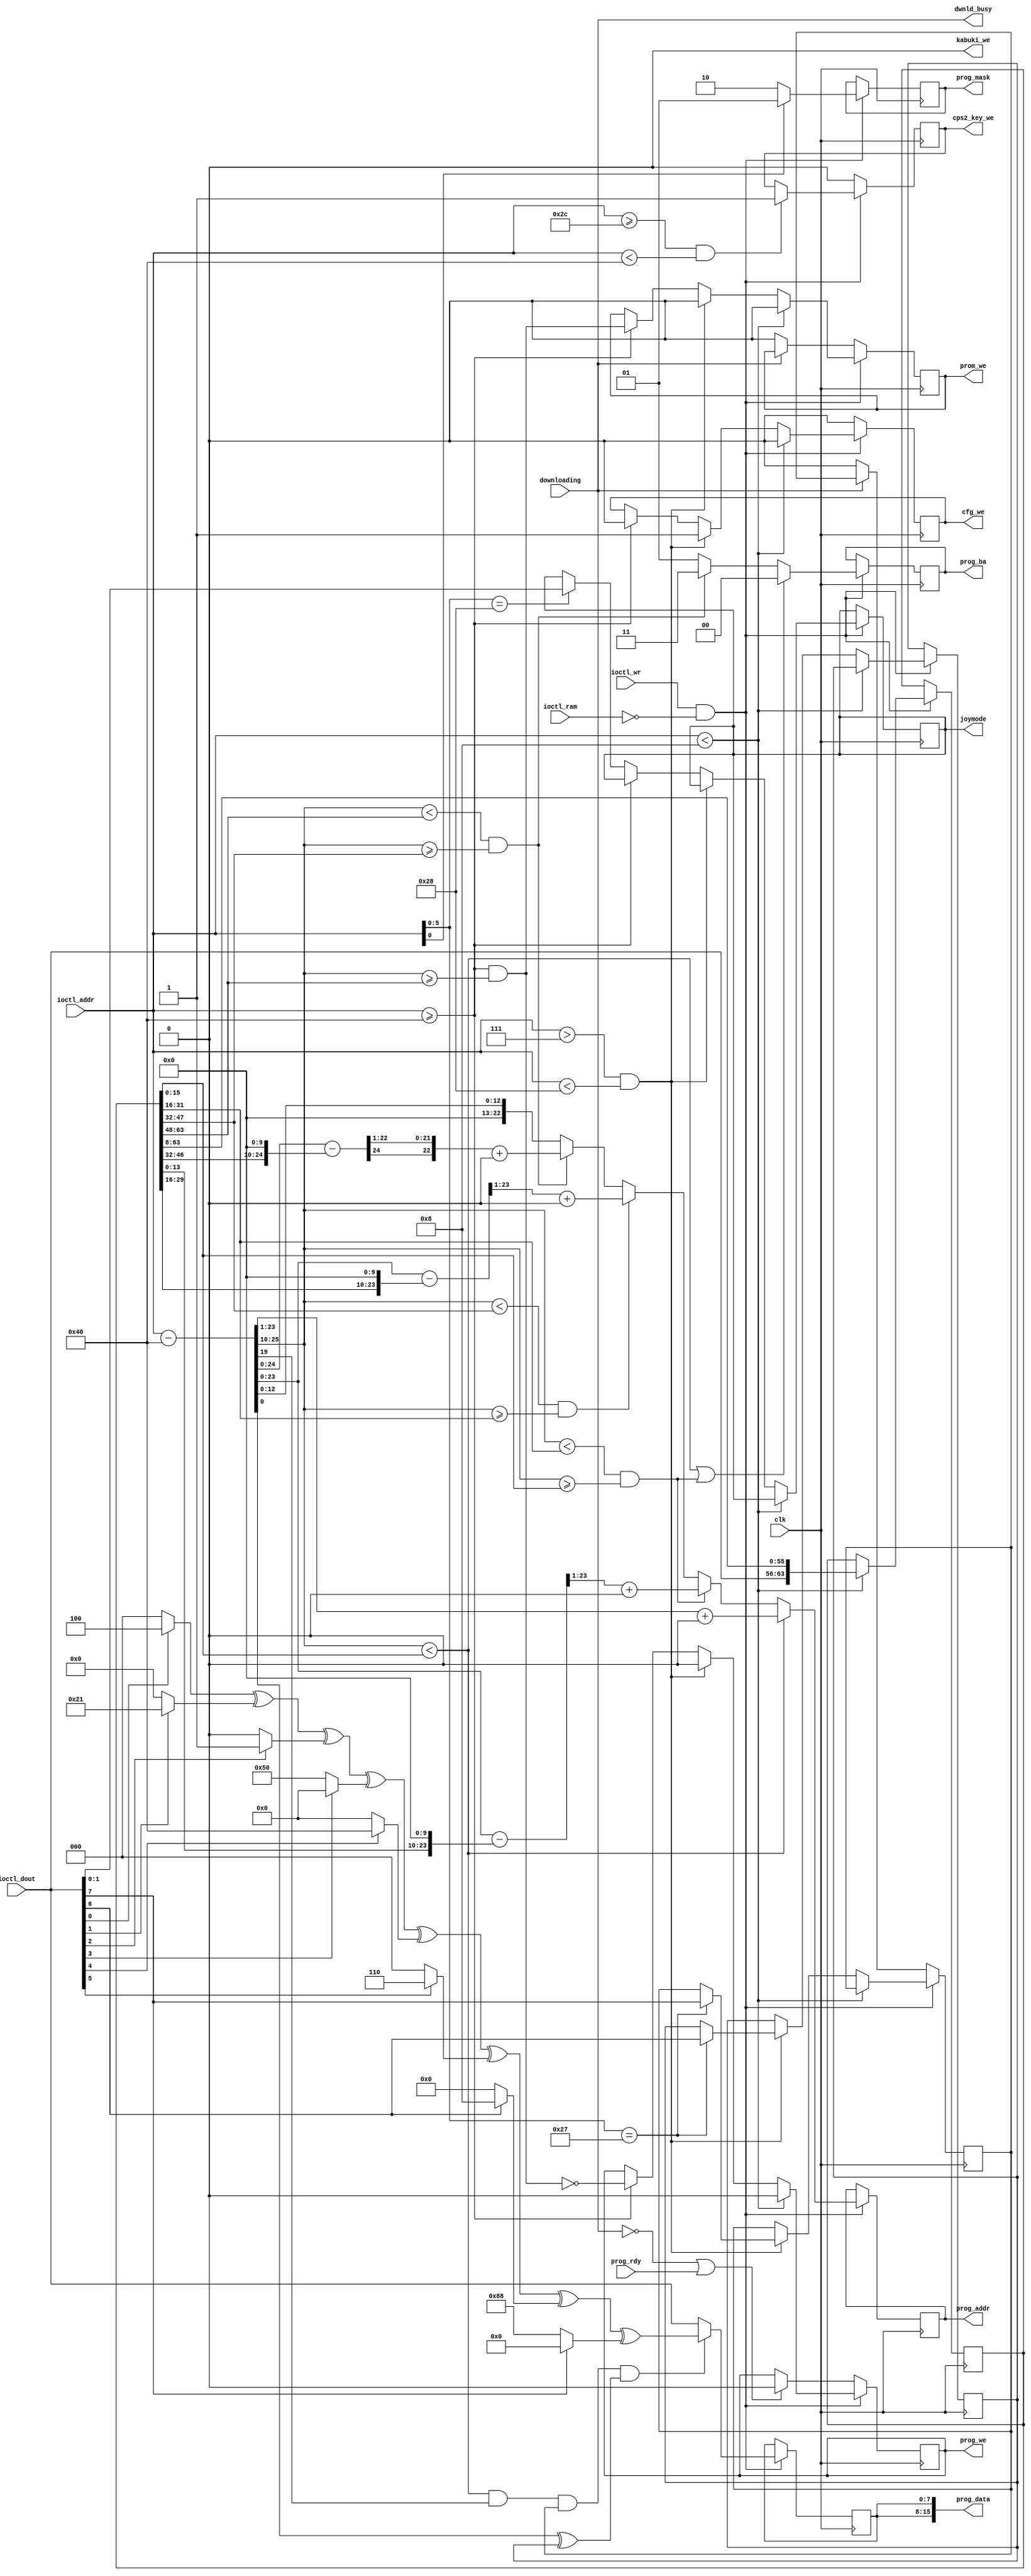
/*  This file is part of JTCORES1.
    JTCORES1 program is free software: you can redistribute it and/or modify
    it under the terms of the GNU General Public License as published by
    the Free Software Foundation, either version 3 of the License, or
    (at your option) any later version.

    JTCORES1 program is distributed in the hope that it will be useful,
    but WITHOUT ANY WARRANTY; without even the implied warranty of
    MERCHANTABILITY or FITNESS FOR A PARTICULAR PURPOSE.  See the
    GNU General Public License for more details.

    You should have received a copy of the GNU General Public License
    along with JTCORES1.  If not, see <http://www.gnu.org/licenses/>.

    Author: Jose Tejada Gomez. Twitter: @topapate
    Version: 1.0
    Date: 30-1-2020 */

module jtcps1_prom_we #(
parameter        CPS=1, // 1, 15, or 2
                 REGSIZE=24, // This is defined at _game level
parameter [22:0] CPU_OFFSET =22'h0,
                 SND_OFFSET =22'h0,
                 PCM_OFFSET =22'h0,
                 GFX_OFFSET =22'h0,
parameter [ 5:0] CFG_BYTE   =6'd39  // location of the byte with encoder information
)(
    input                clk,
    input                downloading,
    input      [25:0]    ioctl_addr,    // max 64 MB
    input      [ 7:0]    ioctl_dout,
    input                ioctl_wr,
    input                ioctl_ram,
    output reg [22:0]    prog_addr,
    output     [15:0]    prog_data,
    output reg [ 1:0]    prog_mask, // active low
    output reg [ 1:0]    prog_ba,
    output reg           prog_we,
    output reg           prom_we,   // for Q-Sound internal ROM
    input                prog_rdy,
    output reg           cfg_we,
    output               dwnld_busy,
    // Kabuki decoder (CPS 1.5)
    output               kabuki_we,
    // CPS2 keys
    output reg           cps2_key_we,
    output reg [ 1:0]    joymode
);

assign dwnld_busy = downloading;

// The start position header has 16 bytes, from which 6 are actually used and
// 10 are reserved
localparam [25:0] START_BYTES   = 8,
                  START_HEADER  = 16,
                  STARTW        = START_BYTES<<3;

localparam [25:0] FULL_HEADER   = 26'd64,
                  KABUKI_HEADER = 26'd48,
                  KABUKI_END    = KABUKI_HEADER + 26'd11,
                  CPS2_KEYS     = 26'd44,
                  CPS2_END      = 26'd64;

localparam [ 5:0] JOY_BYTE      = 6'h28;

reg  [STARTW-1:0] starts;
wire       [15:0] snd_start, pcm_start, gfx_start, qsnd_start;
reg        [ 7:0] pre_data;
reg        [ 1:0] kabuki_sr; // For 96MHz the write pulse must last two cycles

assign snd_start  = starts[15: 0];
assign pcm_start  = starts[31:16];
assign gfx_start  = starts[47:32];
assign qsnd_start = starts[63:48];
assign prog_data  = {2{pre_data}};
`ifdef CPS15
assign kabuki_we  = kabuki_sr[0];
`else
assign kabuki_we  = 0;
`endif

wire [25:0] bulk_addr = ioctl_addr - FULL_HEADER; // the header is excluded
wire [25:0] cpu_addr  = bulk_addr ; // the header is excluded
wire [25:0] snd_addr  = bulk_addr - { snd_start[15:0], 10'd0 };
wire [25:0] pcm_addr  = bulk_addr - { pcm_start[15:0], 10'd0 };
reg  [25:0] gfx_addr;
reg  [ 1:0] gfx_bank;

wire is_cps    = ioctl_addr > 7 && ioctl_addr < (REGSIZE+START_HEADER);
wire is_kabuki = ioctl_addr >= KABUKI_HEADER && ioctl_addr < KABUKI_END;
wire is_cps2   = ioctl_addr >= CPS2_KEYS && ioctl_addr < CPS2_END;
wire is_cpu    = bulk_addr[25:10] < snd_start;
wire is_snd    = bulk_addr[25:10] < pcm_start  && bulk_addr[25:10] >=snd_start;
wire is_oki    = bulk_addr[25:10] < gfx_start  && bulk_addr[25:10] >=pcm_start;
wire is_gfx    = bulk_addr[25:10] < qsnd_start && bulk_addr[25:10] >=gfx_start;
wire is_qsnd   = ioctl_addr >= FULL_HEADER && bulk_addr[25:10] >=qsnd_start; // Q-Sound ROM

reg       decrypt, pang3, pang3_bit;
reg [7:0] pang3_decrypt;

always @(*) begin
    gfx_addr  = bulk_addr - { gfx_start, 10'd0 };
`ifdef CPS2
    // CPS2 address lines are scrambled
    gfx_addr = { gfx_addr[25:21], gfx_addr[3], gfx_addr[20:4], gfx_addr[2:0] };
    gfx_bank = { 1'b1, gfx_addr[23]};
`else
    gfx_bank  = 2'b11;
`endif
end


// The decryption is literally copied from MAME, it is up to
// the synthesizer to optimize the code. And it will.
always @(*) begin
    if( CPS==1 ) begin
        pang3 = is_cpu && cpu_addr[19] && decrypt  && (cpu_addr[0]^pang3_bit);
        pang3_decrypt =
            (((((((ioctl_dout[0] ? 8'h04 : 8'h00)  ^
                  (ioctl_dout[1] ? 8'h21 : 8'h00)) ^
                  (ioctl_dout[2] ? 8'h01 : 8'h00)) ^
                  (ioctl_dout[3] ? 8'h00 : 8'h50)) ^
                  (ioctl_dout[4] ? 8'h40 : 8'h00)) ^
                  (ioctl_dout[5] ? 8'h06 : 8'h00)) ^
                  (ioctl_dout[6] ? 8'h08 : 8'h00)) ^
                  (ioctl_dout[7] ? 8'h00 : 8'h88);
    end else begin
        pang3 = 0;
        pang3_decrypt = 8'd0;
    end
end

always @(posedge clk) begin
    if ( ioctl_wr && !ioctl_ram ) begin
        pre_data  <= pang3 ?
            pang3_decrypt : ioctl_dout;
        prog_mask <= !ioctl_addr[0] ? 2'b10 : 2'b01;
        prog_addr <= is_cpu ? bulk_addr[23:1] + CPU_OFFSET : (
                     is_snd ?  snd_addr[23:1] + SND_OFFSET : (
                     is_oki ?  pcm_addr[23:1] + PCM_OFFSET :
                     is_gfx ?  {gfx_addr[24],gfx_addr[22:1]} + GFX_OFFSET : {10'd0, bulk_addr[12:0]}));
        prog_ba   <= (is_cpu||is_snd) ? 2'd0 : ( is_gfx ? gfx_bank : 2'd1 );
        if( is_kabuki )
            kabuki_sr <= 2'b11;
        if( is_cps2 ) begin
            cps2_key_we <= 1;
        end
        if( ioctl_addr < START_BYTES ) begin
            starts  <= { ioctl_dout, starts[STARTW-1:8] };
            cfg_we  <= 1'b0;
            prog_we <= 1'b0;
            prom_we <= 1'b0;
        end else begin
            if( is_cps ) begin
                cfg_we    <= 1'b1;
                prog_we   <= 1'b0;
                prom_we   <= 1'b0;
                if( ioctl_addr[5:0] == CFG_BYTE )
                    {decrypt, pang3_bit} <= ioctl_dout[7:6];
            end else if(ioctl_addr>=FULL_HEADER) begin
                cfg_we    <= 1'b0;
                prog_we   <= ~is_qsnd;
                prom_we   <=  is_qsnd;
            end else if( ioctl_addr[5:0] == JOY_BYTE ) begin
                joymode <= ioctl_dout[1:0]; // only CPS2
            end
        end
    end
    else begin
        cps2_key_we <= 0;
        if(!downloading || prog_rdy) prog_we  <= 1'b0;
        if( !downloading ) begin
            decrypt    <= 0;
            prom_we    <= 0;
        end
        kabuki_sr <= kabuki_sr>>1;
        cfg_we    <= 0;
    end
end

endmodule